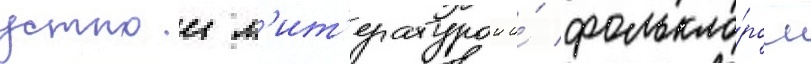
устнои л'ит'ературои и́ фолькло́ром